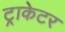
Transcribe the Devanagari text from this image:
ट्राकेटर